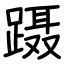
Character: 蹑